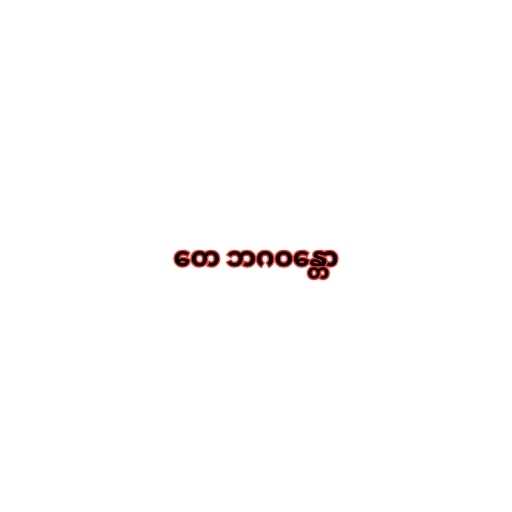
တေ ဘဂဝန္တော